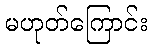
မဟုတ်ကြောင်း